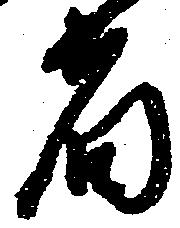
者